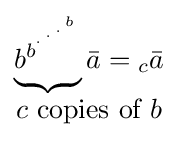
{\begin{matrix}\underbrace {b_{}^{b^{{}^{.\,^{.\,^{.\,^{b}}}}}}} {\bar {a}}={_{c}}{\bar {a}}\\c{\mbox{ copies of }}b\end{matrix}}